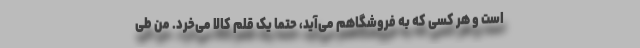
است و هر کسی که به فروشگاهم می‌آید، حتما یک قلم کالا می‌خرد. من طی